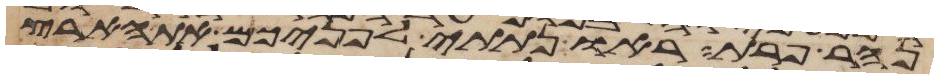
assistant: נהר פרת ראו נתתי לפניכם את הארץ